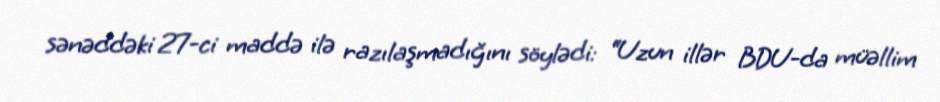
sənəddəki 27-ci maddə ilə razılaşmadığını söylədi: “Uzun illər BDU-da müəllim